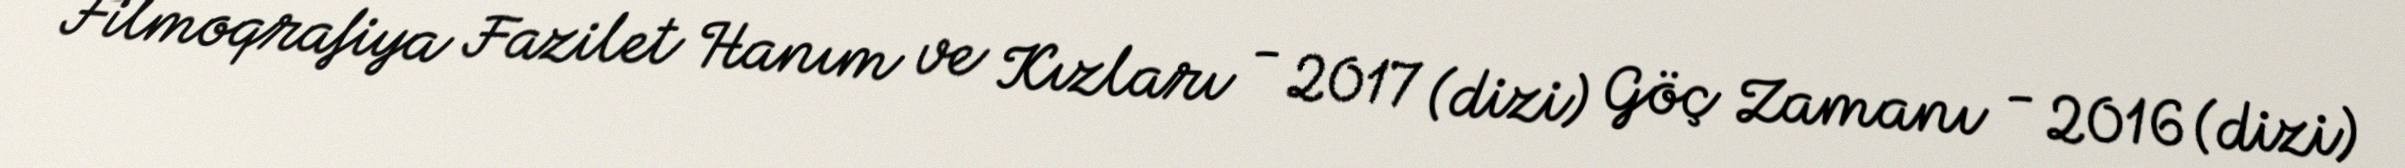
Filmoqrafiya Fazilet Hanım ve Kızları - 2017 (dizi) Göç Zamanı - 2016 (dizi)